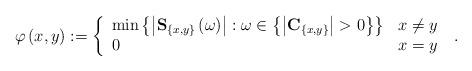
LaTeX: \begin{align*}\varphi\left( x,y\right) :=\left\{\begin{array}[c]{ll}\min\left\{ \left\vert \mathbf{S}_{\{x,y\}}\left( \omega\right) \right\vert:\omega\in\left\{ \left\vert \mathbf{C}_{\{x,y\}}\right\vert >0\right\}\right\} & x\neq y\\0 & x=y\end{array}\right. \ . \end{align*}